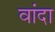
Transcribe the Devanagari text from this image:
वांदा